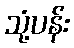
သုံ့ပန်း